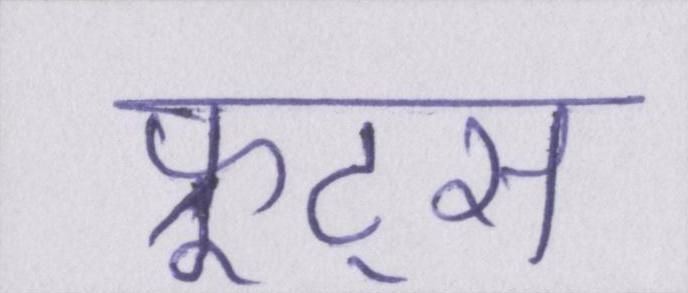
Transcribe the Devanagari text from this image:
फ्रूट्स